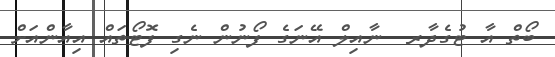
ބޯތް އާ ޓުގެދާރ  ނާއިލް އޭނަގެ ފޯނުން ނެގި ފޮޓޯތައް އިއާންއަށް